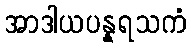
အာဒါယပန္နရသကံ